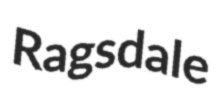
Ragsdale